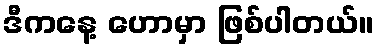
ဒီကနေ့ ဟောမှာ ဖြစ်ပါတယ်။